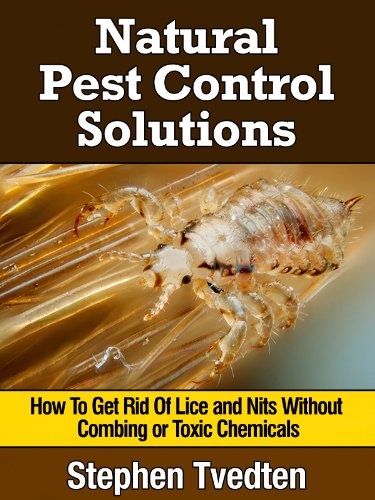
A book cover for Natural Lice Treatment: How To Get Rid Of Lice and Nits Without Combing or Toxic Chemicals (Kill Lice Naturally Without Any Pesticides) (Organic Pest Control); Stephen Tvedten; Health, Fitness & Dieting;